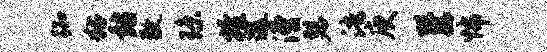
踟粘站敷琼掩途漕瑟浯庾殊繇怖